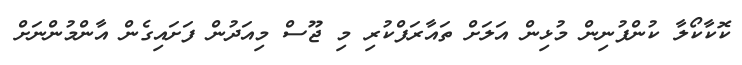
ކޮކާކޯލާ ކުންފުނިން މުޅިން އަލަށް ތައާރަފްކުރި މި ޖޫސް މިއަދުން ފަށައިގެން އާންމުންނަށް